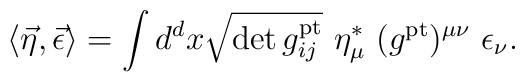
\langle \vec\eta,\vec\epsilon\rangle =\int d^{d}x \sqrt{\det g^{\rm pt}_{ij}}\ \eta_{\mu}^{*}\ (g^{\rm pt})^{\mu\nu}\ \epsilon_{\nu}.